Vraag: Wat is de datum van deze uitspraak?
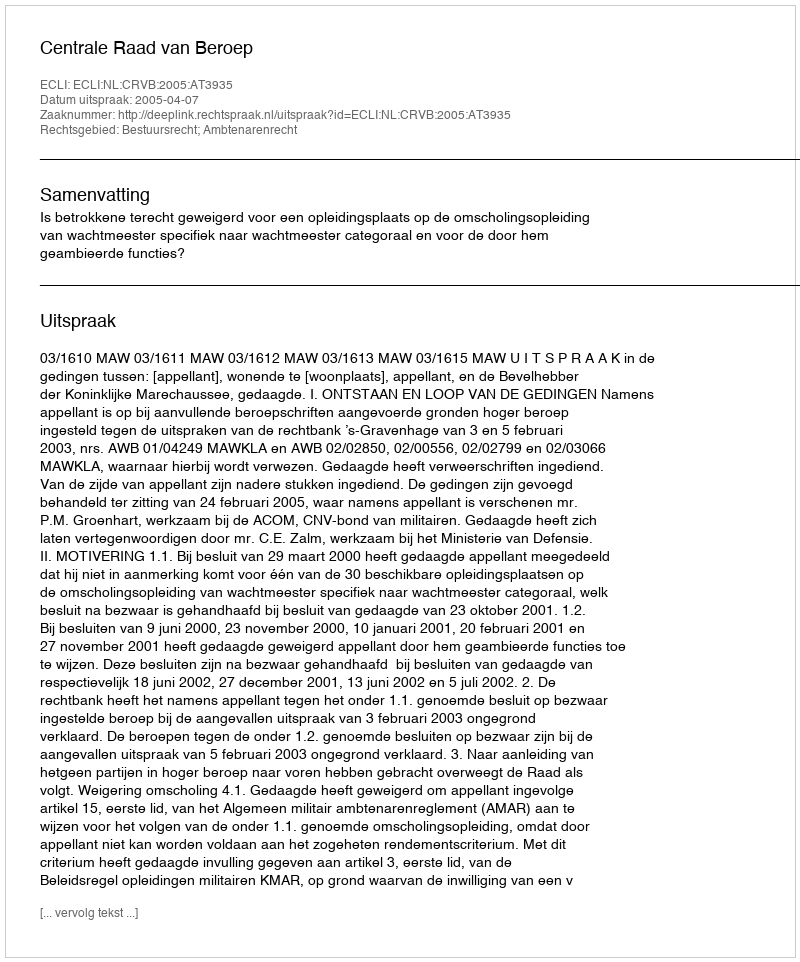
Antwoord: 2005-04-07